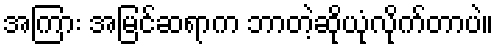
အကြား အမြင်ဆရာက ဘာတဲ့ဆိုယုံလိုက်တာပဲ။